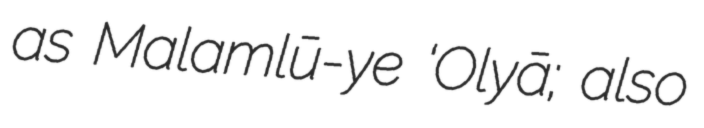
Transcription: as Malḩamlū-ye ‘Olyā; also